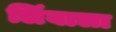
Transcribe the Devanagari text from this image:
लिंबाला